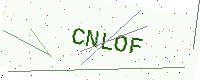
Text: CNLOF